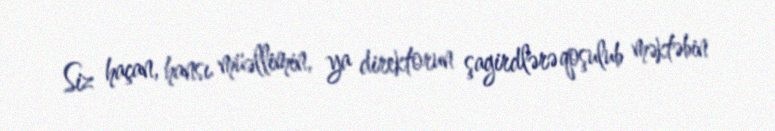
Siz haçan, hansı müəllimin, ya direktorun şagirdlərə qoşulub məktəbin